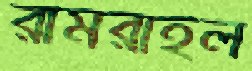
রামরাইল